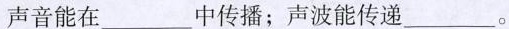
声音能在___中传播；声波能传递___。